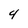
Character: 4